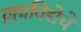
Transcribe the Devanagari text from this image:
ब्रह्मविद्येचे